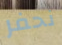
نحفر